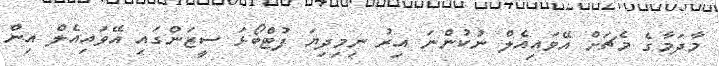
މާދަމާގެ މެޗަށް އޭވައިއެލް ނުކުންނަ އިރު ނިމިދިޔަ ފުޓްބޯޅަ ސީޒަންގައި އޭވައިއެލް އިން